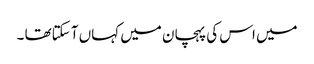
میں اس کی پہچان میں کہاں آ سکتاتھا ۔